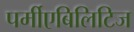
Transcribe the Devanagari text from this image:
पर्मीएबिलिटिज